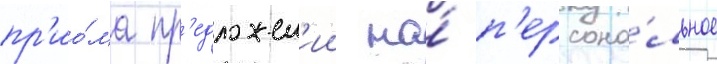
пр'ио́ма пр'едложен'ии на́ п'ерсона́льное